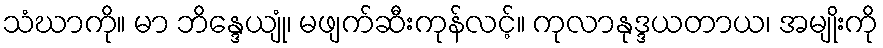
သံဃာကို။ မာ ဘိန္ဒေယျုံ၊ မဖျက်ဆီးကုန်လင့်။ ကုလာနုဒ္ဒယတာယ၊ အမျိုးကို